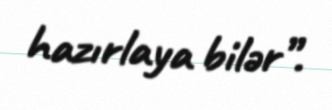
hazırlaya bilər”.